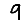
Digit: 9